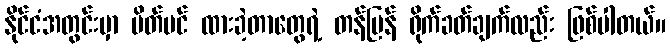
နိုင်ငံအတွင်းမှာ ပိတ်ပင် ထားခဲ့တာတွေရဲ့ တန်ပြန် ရိုက်ခတ်ချက်လည်း ဖြစ်ပါတယ်။